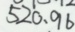
5 2 0 、 9 6